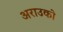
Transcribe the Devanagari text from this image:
अराउको